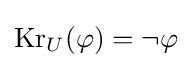
\operatorname {Kr} _{U}(\varphi )=\lnot \varphi